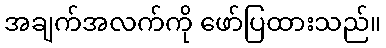
အချက်အလက်ကို ဖော်ပြထားသည်။